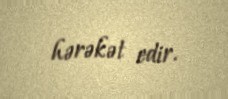
hərəkət edir.